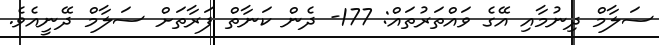
ސަލާމް ދިނުމާއި އޭގެ ވައްތަރުތައް: 177- ދެން ކަނާތް ފަރާތަށް ސަލާމް ދޭނީއެވެ.